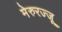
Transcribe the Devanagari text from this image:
मेरुरज्जू